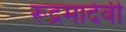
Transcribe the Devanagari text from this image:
रूद्रमादेवी